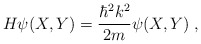
\begin{align*}H\psi (X,Y) = \frac{\hbar^2 k^2}{2m} \psi(X,Y) \;,\end{align*}